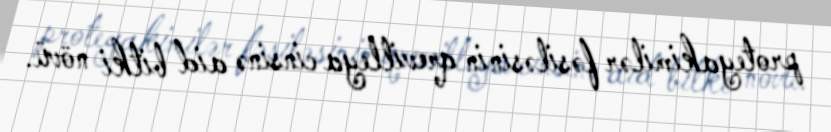
proteyakimilər fəsiləsinin qrevilleya cinsinə aid bitki növü.